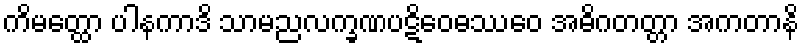
ကိမတ္ထော ပါနကာဒိ သာမညလက္ခဏပဋိဝေဓဿေဝ အဓိဂတတ္တာ အကတာနိ